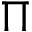
\Pi